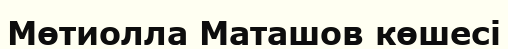
Мөтиолла Маташов көшесі